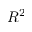
R ^ { 2 }